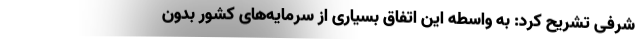
شرفی تشریح کرد: به واسطه این اتفاق بسیاری از سرمایه‌های کشور بدون